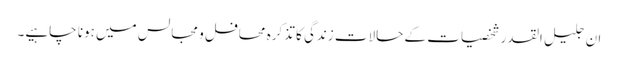
ان جلیل القدر شخصیات کے حالات زندگی کا تذکرہ محافل و مجالس میں ہونا چاہیے۔